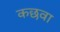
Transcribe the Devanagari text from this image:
कछवा